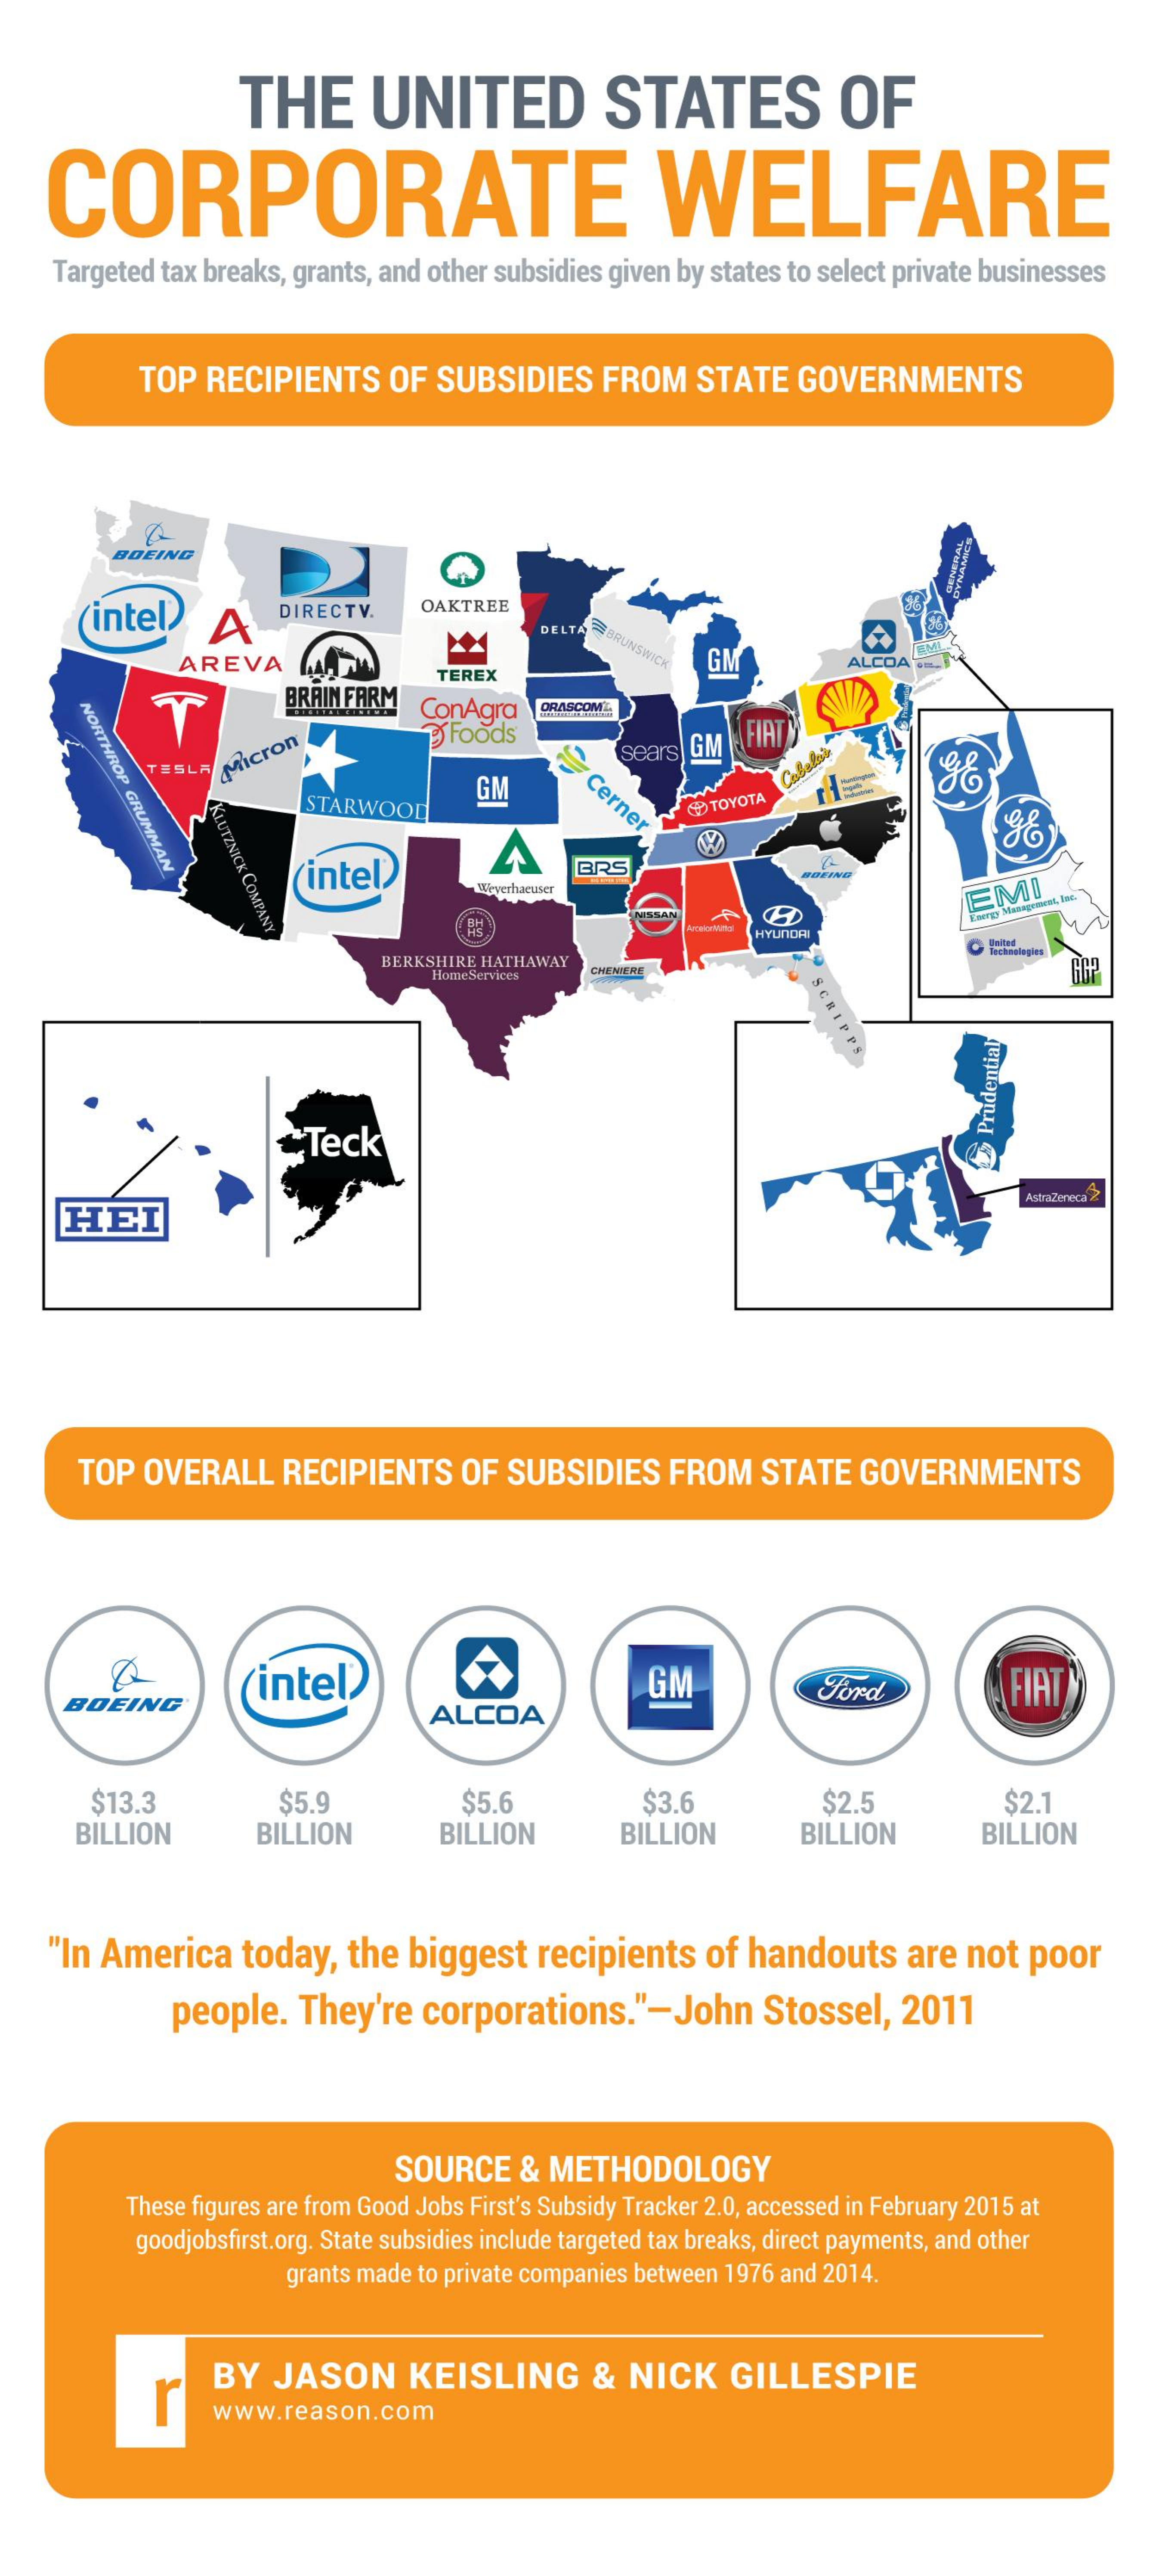
THE    UNITED    STATES    OF
    CORPORATE    WELFARE
     Targeted tax breaks, grants, and other subsidies given by states to select private businesses
     TOP  RECIPIENTS    OF   SUBSIDIES    FROM    STATE    GOVERNMENTS
     BOEING
     intel    A
     DIRECTV.    OAKTREE
     DELTA
     BRUNSWICK
     AREVA
     TEREX
     GM    ALCOA
     BRAIN FARM ConAgra
     NORTHROP
     GRUMMAN
     ORASCOME
     foods
     Micron    sears GM   FIAT
     TESLA
     GM    Cerner
     Colelar
     STARWOOD
     KLUTZNICK
     COMPANY
     TOYOTA
     'intel®    A
     BRS
     Weyerhaeuser    EMI
     NISSAN LA
     HYUNDAI
     BERKSHIRE HATHAWAY
     HomeServices  CHENIERE
     SCRIPPS
     ₾ Teck
     Prudential
     HEI
     AstraZeneca 2
     TOP   OVERALL    RECIPIENTS    OF  SUBSIDIES    FROM    STATE   GOVERNMENTS
     intel®    GM
     BOEING    ALCOA
     Ford    FIAT
     $13.3    $5.9    $5.6    $3.6
     BILLION
     $2.5    $2.1
     BILLION    BILLION    BILLION    BILLION    BILLION
     "In America    today,    the  biggest    recipients    of handouts    are  not  poor
     people.   They're    corporations."-John    Stossel,    2011
     SOURCE    &  METHODOLOGY
     These figures are from Good Jobs First's Subsidy Tracker 2.0, accessed in February 2015 at
     goodjobsfirst.org. State subsidies include targeted tax breaks, direct payments, and other
     grants made to private companies between 1976 and 2014.
     r
     BY   JASON    KEISLING    &   NICK    GILLESPIE
     www.reason.com